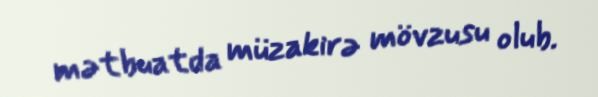
mətbuatda müzakirə mövzusu olub.